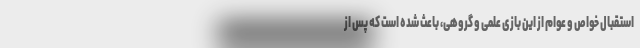
استقبال خواص و عوام از این بازی علمی و گروهی، باعث شده است که پس از